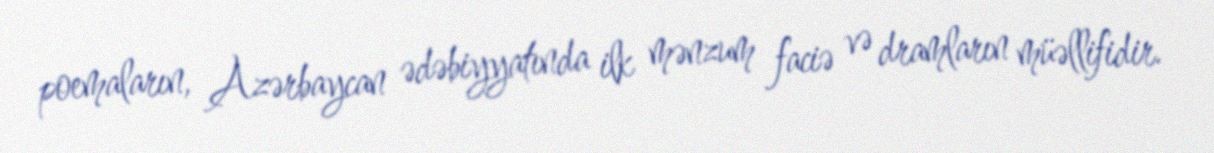
poemaların, Azərbaycan ədəbiyyatında ilk mənzum faciə və dramların müəllifidir.